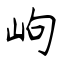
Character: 岣